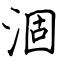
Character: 涸